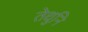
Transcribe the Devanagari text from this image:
तेथुनि